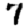
Digit: 7